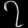
Digit: ၇